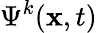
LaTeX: \Psi^{k}(\textbf{x},t)